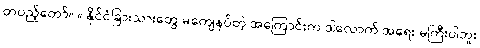
တပည့်တော်။ ။ နိုင်ငံခြားသားတွေ မကျေနပ်တဲ့ အကြောင်းက ဒါလောက် အရေး မကြီးပါဘူး